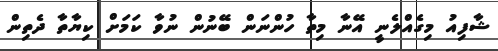
ޝާފިއު މިގެއްލެނީ އޭނާ މިތާ ހުންނަން ބޭނުން ނުވާ ކަމަށް ކިޔާތާ ދެތިން